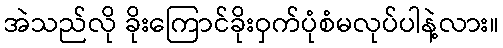
အဲသည်လို ခိုးကြောင်ခိုးဝှက်ပုံစံမလုပ်ပါနဲ့လား။